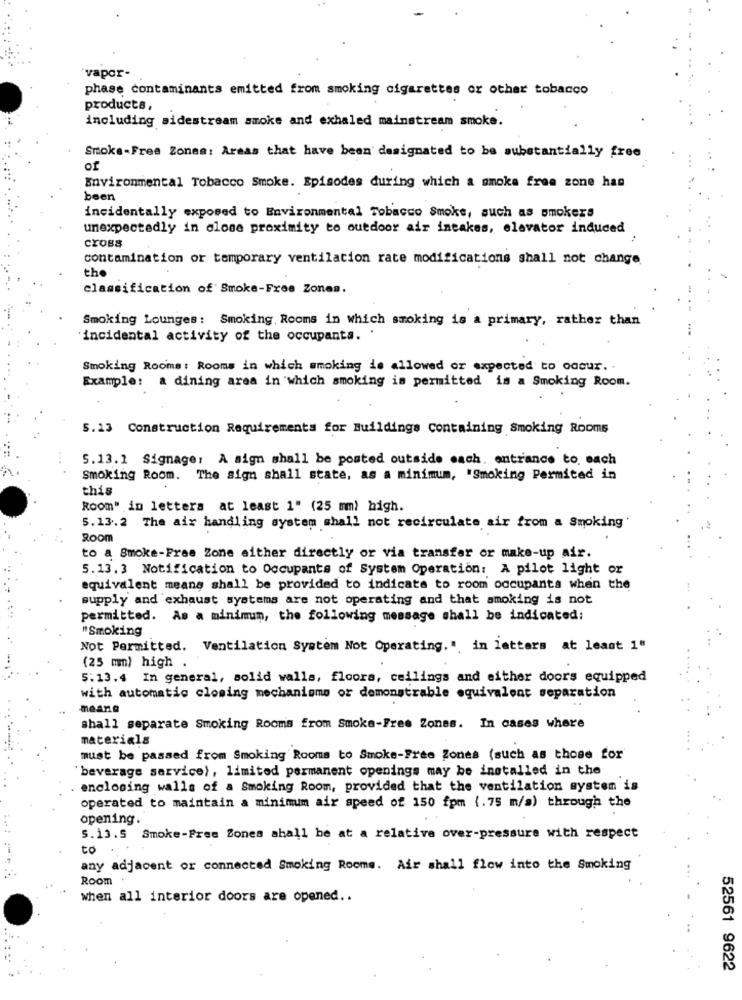
"vapor-
phase contaminants emitted from smoking cigarettes or other tobacco
products,
including sidestream smoke and exhaled mainstream smoke.
Smoka-Free Zonea: Areas that have been designated to be substantially free
of
Environmental Tobacco Smoke. Episodes during which a smoke free zone has
been
incidentally exposed to Environmental Tobacco Smoke, such as smokers
unexpectedly in close proximity to outdoor air intakes, elevator induced
CYOBS
:
contamination or temporary ventilation rate modifications shall not change
the
classification of Smoke-Free Zones.
Smoking Lounges: Smoking Rooms in which smoking is a primary, rather than
'incidental activity of the occupants. .
Smoking Rooms: Rooms in which smoking is allowed or expected to occur. .
Example: a dining area in which smoking is permitted is a Smoking Room.
5.13 Construction Requirements for Buildings Containing Smoking Rooms
5.13.1 Signage: A sign shall be posted outside each. entrance to. each
Smoking Room. The sign shall state, as a minimum, "Smoking Permited in
this
Room" in letters at least 1" (25 mm) high.
5.13.2 The air handling system shall not recirculate air from a Smoking'
Room
to a Smoke-Free Zone either directly or via transfer or make-up air.
5.13. 3 Notification to Occupants of System Operation: A pilot light or
equivalent means shall be provided to indicate to room occupants when the
supply and exhaust systems are not operating and that smoking is not
permitted. As a minimum, the following message shall be indicated:
"Smoking
Not Permitted. Ventilation System Not Operating." in letters at least 1"
(25 mm) high
5.13.4 In general, solid walls, floors, ceilings and either doors equipped
with automatic closing mechanisms or demonstrable equivalent separation
means
shall separate Smoking Rooms from Smoke-Free Zones. In cases where
materials
must be passed from Smoking Rooms to Smoke-Free Zones (such as those for
'beverage service), limited permanent openings may be installed in the
enclosing walls of a Smoking Room, provided that the ventilation system is
operated to maintain a minimum air speed of 150 fpm (.75 m/a) through the
opening.
5.13.5 Smoke-Free Zones shall be at a relative over-pressure with respect
to
any adjacent or connected Smoking Rooms. Air shall flow into the Smoking
Room
when all interior doors are opened ..
52561 9622